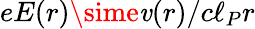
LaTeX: eE(r)\sime\mathit{v}(r)/c\ell_{P}r